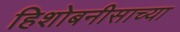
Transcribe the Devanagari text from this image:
हिशोबनीसाच्या